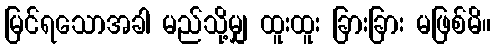
မြင်ရသောအခါ မည်သို့မျှ ထူးထူး ခြားခြား မဖြစ်မိ။